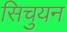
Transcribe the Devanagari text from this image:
सिचुयन